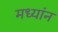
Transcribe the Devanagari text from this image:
मध्यांन